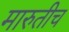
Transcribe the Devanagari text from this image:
मारुतीच